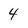
Character: 4